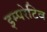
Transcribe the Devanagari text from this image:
इम्परेटिव